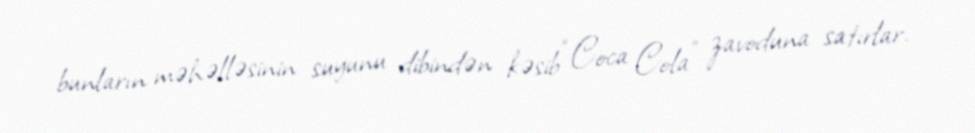
bunların məhəlləsinin suyunu dibindən kəsib “Coca Cola” zavoduna satırlar.